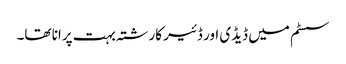
سسٹم میں ڈیڈی اور ڈئیر کارشتہ بہت پرانا تھا۔